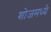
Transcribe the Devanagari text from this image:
शोजमध्ये